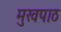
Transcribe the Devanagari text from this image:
मुखपाठ